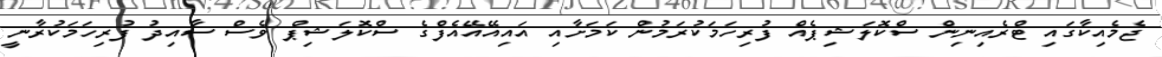
ޖެމެއިކާގައި ޓްރެއިނިން ސްކޮލަޝިޕެއް ފުރިހަމަކުރަމުން ކަމަށާއި އައިއޭއޭއެފްގެ ސްކޮލަޝިޕް ވެސް ސާއިދު ފުރިހަމަކުރާނީ